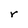
Character: r